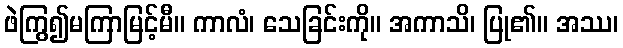
ဖဲကြွ၍မကြာမြင့်မီ။ ကာလံ၊ သေခြင်းကို။ အကာသိ၊ ပြု၏။ အဿ၊